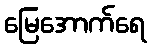
မြေအောက်ရေ